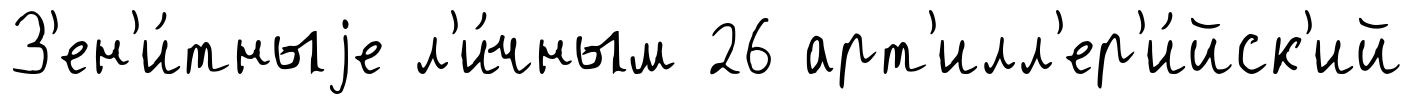
З'ен'и́тныjе л'и́чным 26 арт'илл'ер'и́йск'ий